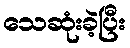
သေဆုံးခဲ့ပြီး